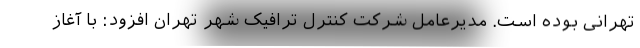
تهرانی بوده است. مدیرعامل شرکت کنترل ترافیک شهر تهران افزود: با آغاز